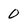
Character: 0